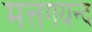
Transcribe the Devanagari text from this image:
मत्तगयन्द